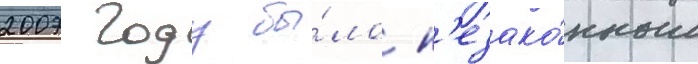
2007 году бы́ло н'езако́нным